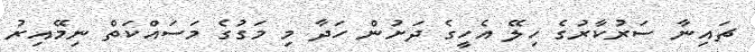
ޗައިނާ ސަރުކާރުގެ ހިލޭ އެހީގެ ދަށުން ހަދާ މި މަގުގެ މަސައްކަތް ނިމޭއިރު